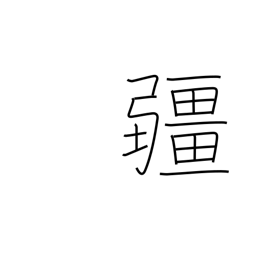
Meaning: boundary